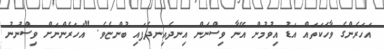
އަހަރެންގެ ވާހަކަތައް އަޑު އިވުމުން އޭނާ ވިސްނަން އިނދެއިނދެފައި ބުންޏެވެ. "އަހަރެންނަށް ވިސްނުނު